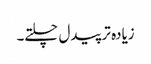
زیادہ تر پیدل چلتے۔